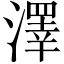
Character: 澤